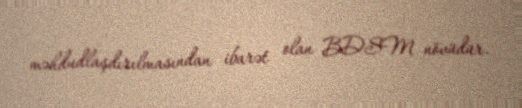
məhdudlaşdırılmasından ibarət olan BDSM növüdür.